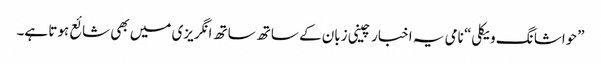
”حواشا نگ ویکلی“ نامی یہ اخبار چینی زبان کے ساتھ ساتھ انگریزی میں بھی شائع ہوتا ہے۔